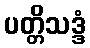
ပတ္တိသဒ္ဒံ